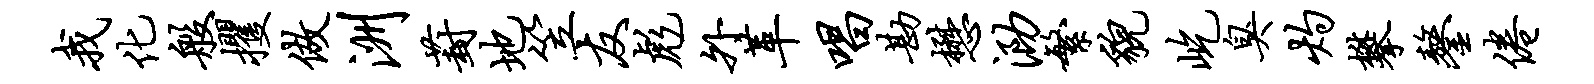
我化般攫做洲葑地笠友彪外革唱勘懋泐繁貌屹臭灼攀鏊倦